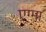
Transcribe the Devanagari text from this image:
एग्मा